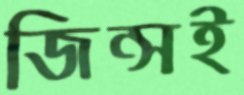
জিন্সই